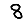
Digit: 8